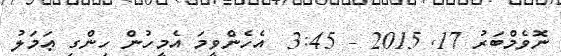
ނޮވެމްބަރު 17